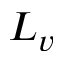
L _ { v }